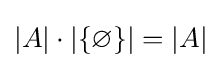
|A|\cdot |\{\varnothing \}|=|A|